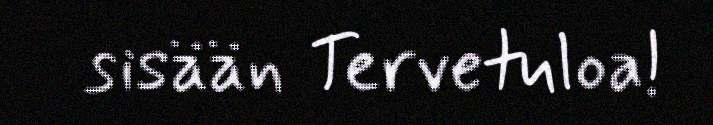
sisään Tervetuloa!